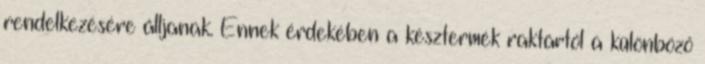
rendelkezésére álljanak. Ennek érdekében a késztermék raktártól a különböző